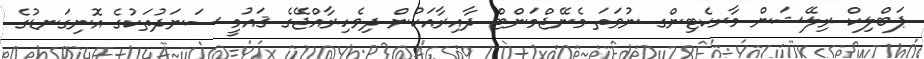
ޕަބްލިކް ރިލޭޝަން މާރކެޓިންގ ނުވަތަ މެނޭޖްމަންޓް ދާއިރާއަކުން ދިވެހިރާއްޖޭގެ ޤައުމީ ސަނަދުތަކުގެ އޮނިގަނޑުގެ